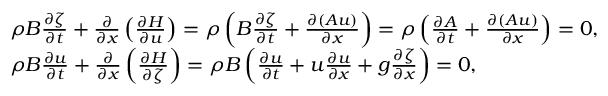
{ \begin{array} { r l } & { \rho B { \frac { \partial \zeta } { \partial t } } + { \frac { \partial } { \partial x } } \left( { \frac { \partial H } { \partial u } } \right) = \rho \left( B { \frac { \partial \zeta } { \partial t } } + { \frac { \partial ( A u ) } { \partial x } } \right) = \rho \left( { \frac { \partial A } { \partial t } } + { \frac { \partial ( A u ) } { \partial x } } \right) = 0 , } \\ & { \rho B { \frac { \partial u } { \partial t } } + { \frac { \partial } { \partial x } } \left( { \frac { \partial H } { \partial \zeta } } \right) = \rho B \left( { \frac { \partial u } { \partial t } } + u { \frac { \partial u } { \partial x } } + g { \frac { \partial \zeta } { \partial x } } \right) = 0 , } \end{array} }